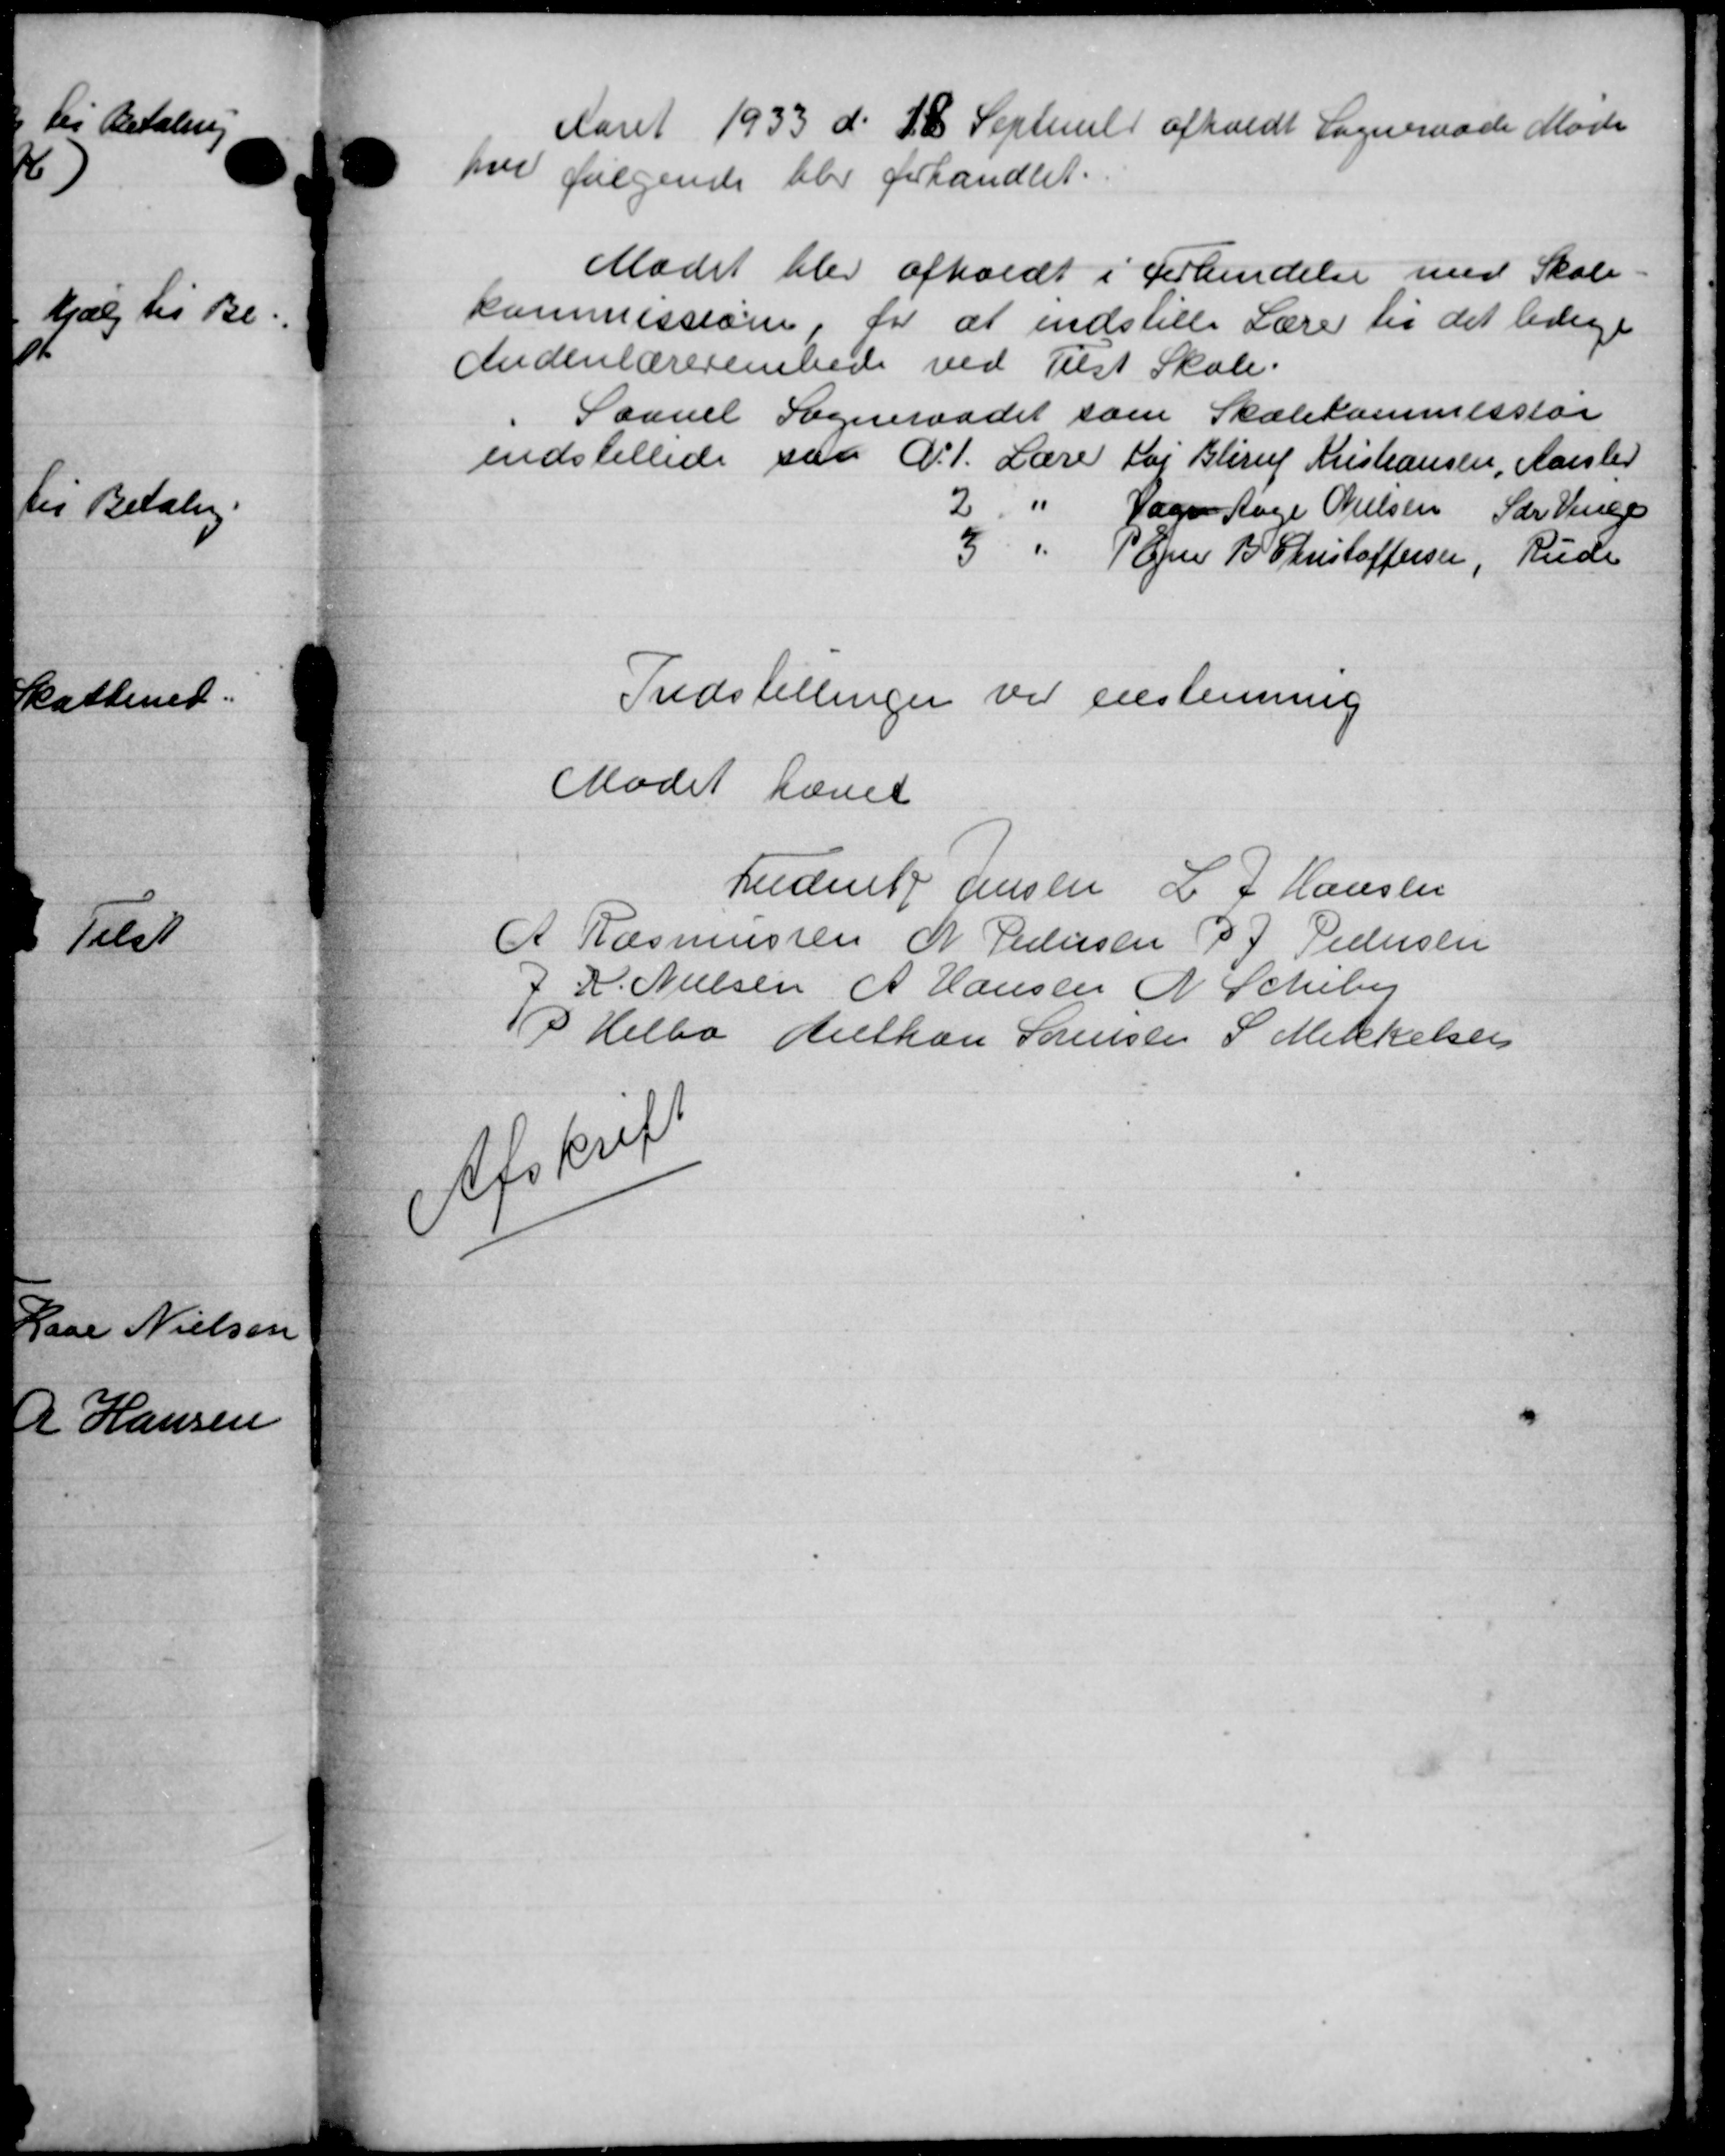
Transskription:
Aaret 1933 d. 28 September afholdt Sogneraade Møde
paa følgende blev forhandlet.
Mødet blev afholdt i Forkendelse med Skole
kommission, for at indstille Lærer til det ledige
Indenlærerembede ved Tilst Skole.
Savnet Sogneraadet som Skolekommesslar
indstillede paa D. 1. Lærer Kaj Blirup Kristiansen, Aarslev
2 " Jæger Aage Nielsen Sar Venge
3 " P Ejer B. Christoffersen, Rude
Indstillinger vil enestemmig
Mødet hævet
Frederik Jensen L J Hansen
A Rasmussen N Pedersen P J Pedersen
J. R. Nielsen A Hansen N. Schiby
P Helbo Anthon Sørensen S. Mikkelsen
Afskrift